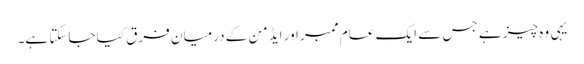
یہی وہ چیز ہے جس سے ایک عام ممبر اور ایڈمن کے درمیان فرق کیا جاسکتا ہے۔